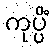
ကုပ္ပိံ